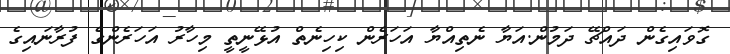
ގޮވައިގެން ދައްޗޭ ދަމުން.އަޔާ ނެތިއްޔާ އަހަރެން ކިހިނެތް އުޅޭނީތީ މިހާރު އަހަރެންގެ ފުރާނައިގެ